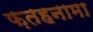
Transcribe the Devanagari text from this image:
फ़तहनामा